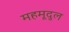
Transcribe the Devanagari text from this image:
महमूदुल